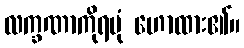
လက္ခဏာကိုရပုံ ဟောထား၏။